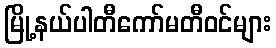
မြို့နယ်ပါတီကော်မတီဝင်များ